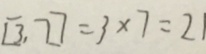
[ 3 , 7 ] = 3 \times 7 = 2 1